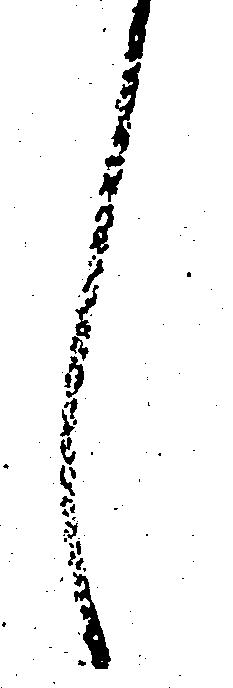
し